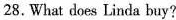
28.What does Linda buy?